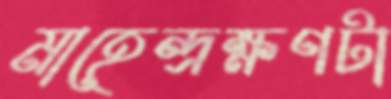
মাহেন্দ্রক্ষণটা